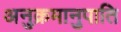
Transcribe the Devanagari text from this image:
अनुक्रमानुपाति